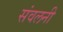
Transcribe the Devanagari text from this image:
संवलनी